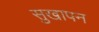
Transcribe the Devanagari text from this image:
सुखापन